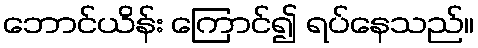
ဘောင်ယိန်း ကြောင်၍ ရပ်နေသည်။